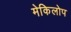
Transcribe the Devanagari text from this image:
मेकिलोप